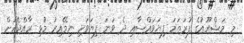
މި މަޝްރޫއުގެ ފުރަތަމަ ފިޔަވައްސާއި ދެ ވަނަ ފިޔަވަހި ނިމޭއިރު މުޅި ރާއްޖެއަށް